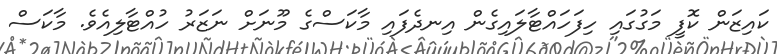
ކައިޒަން ކޮފީ މަގުގައި ހިފަހައްޓާލައިގެން އިނދެފައި މާކަސްގެ މޫނަށް ނަޒަރު ހުއްޓާލިއެވެ. މާކަސް